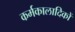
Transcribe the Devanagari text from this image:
कर्मकालादिकों